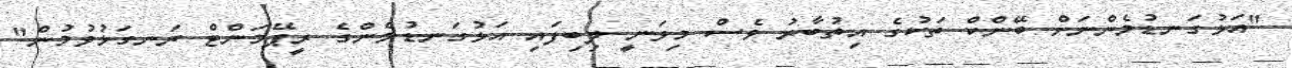
"އަޅުގަނޑުމެންނަށް ބޭންކް ތަކުގެ އިތުބާރު ވެސް މިވަނީ ލިބިފައި އަޅުގަނޑުމެންގެ ރީޕޭމަންޓް ރަނގަޅުވުމުން"